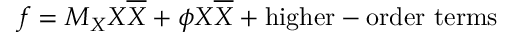
f = M _ { X } X \overline { { { X } } } + \phi X \overline { { { X } } } + \mathrm { h i g h e r - o r d e r \ t e r m s }